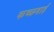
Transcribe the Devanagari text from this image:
कच्छवाई